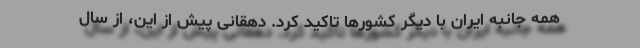
همه جانبه ایران با دیگر کشورها تاکید کرد. دهقانی پیش از این، از سال